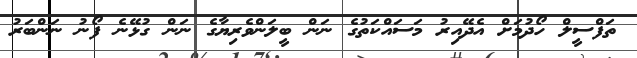
ތަފްސީލް ހޯދުމަށް އެދޭއިރު މަސައްކަތުގެ ނަން ބީލަންވެރިޔާގެ ނަން ގުޅޭނެ ފޯނު ނަންބަރު